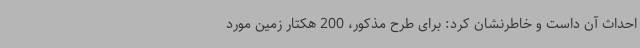
احداث آن داست و خاطرنشان کرد: برای طرح مذکور، 200 هکتار زمین مورد